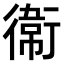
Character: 𫟘